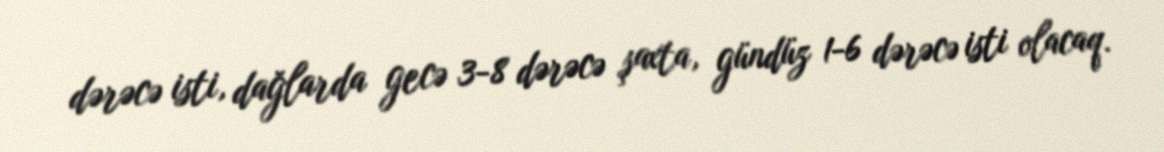
dərəcə isti, dağlarda gecə 3-8 dərəcə şaxta, gündüz 1-6 dərəcə isti olacaq.